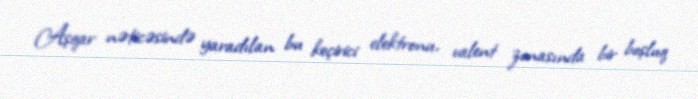
Aşqar nəticəsində yaradılan bu keçirici elektronu, valent zonasında bir boşluq